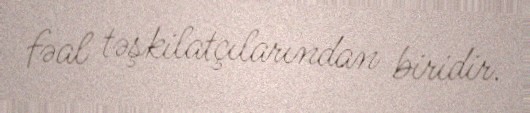
fəal təşkilatçılarından biridir.